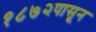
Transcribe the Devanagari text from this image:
१८७२पासून